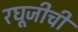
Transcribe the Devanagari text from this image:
रघूजीची